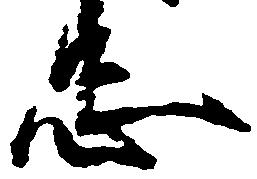
忠